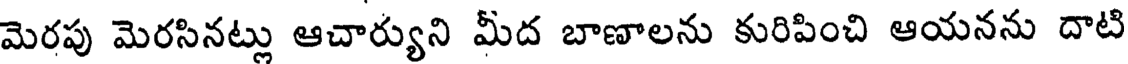
మెరపు మెరసినట్లు ఆచార్యుని మీద బాణాలను కురిపించి ఆయనను దాటి